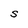
Character: S